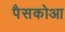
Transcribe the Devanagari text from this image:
पैसकोआ